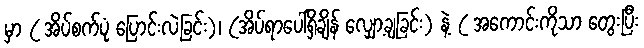
မှာ ( အိပ်စက်ပုံ ပြောင်းလဲခြင်း)၊ (အိပ်ရာပေါ်ရှိချိန် လျှော့ချခြင်း) နဲ့ ( အကောင်းကိုသာ တွေးပြီး